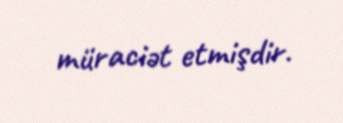
müraciət etmişdir.